Reports on military cantonments and civil stations in the Presidency of Bombay inspected by the Sanitary Commissioner in the years 1875 and 1876
Year: 1875
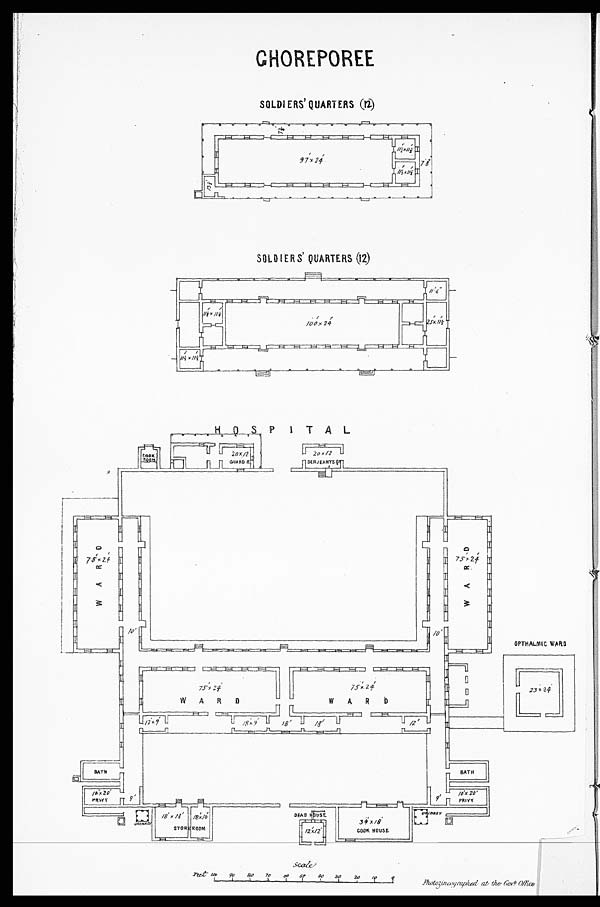
photozincographed at the Govt Office
CHOREPOREE
SOLDIERS' QUARTERS (12)
SOLDIERS ' QUARTERS (12)